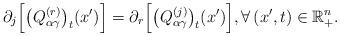
LaTeX: \begin{align*}\partial_j\Big[\big(Q^{(r)}_{\alpha\gamma}\big)_t(x')\Big]=\partial_r\Big[\big(Q^{(j)}_{\alpha\gamma}\big)_t(x')\Big],\forall\,(x',t)\in{\mathbb{R}}^n_{+}.\end{align*}